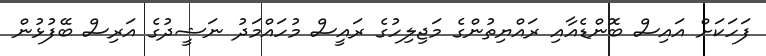
ފަހަކަށް އައިސް ބޮންޑެއާއި ރައްޔިތުންގެ މަޖިލިހުގެ ރައީސް މުހައްމަދު ނަޝީދުގެ އަރިސް ބޭފުޅުން